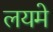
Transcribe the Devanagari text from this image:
लयमे